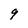
Character: 9